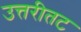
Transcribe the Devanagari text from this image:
उत्तरीतट